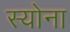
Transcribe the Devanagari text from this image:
स्योना